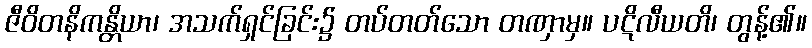
ဇီဝိတနိကန္တိယာ၊ အသက်ရှင်ခြင်း၌ တပ်တတ်သော တဏှာမှ။ ပဋိလီယတိ၊ တွန့်၏။